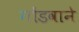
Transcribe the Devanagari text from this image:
गोंडवाने